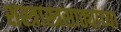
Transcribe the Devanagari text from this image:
शस्त्रास्त्रसाठ्यांच्या